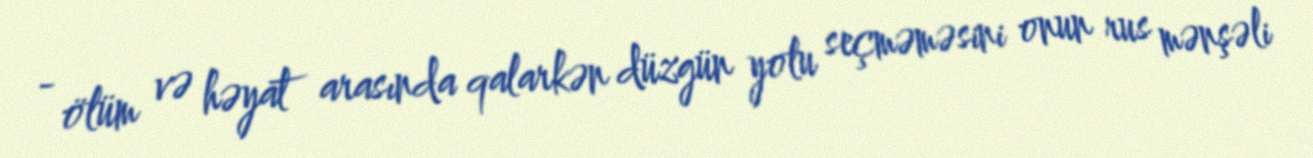
- ölüm və həyat arasında qalarkən düzgün yolu seçməməsini onun rus mənşəli